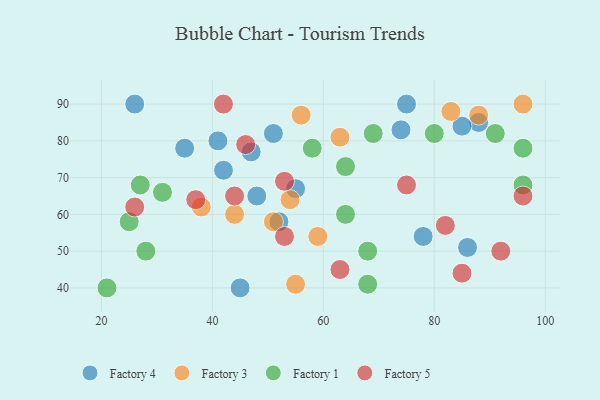
{"axis": {"x": "GDP", "y": "Life Expectancy"}, "legend": ["Factory 1", "Factory 3", "Factory 4", "Factory 5"], "data": [{"x": "86", "y": 51, "type": "Factory 4"}, {"x": "48", "y": 65, "type": "Factory 4"}, {"x": "55", "y": 67, "type": "Factory 4"}, {"x": "45", "y": 40, "type": "Factory 4"}, {"x": "88", "y": 85, "type": "Factory 4"}, {"x": "85", "y": 84, "type": "Factory 4"}, {"x": "74", "y": 83, "type": "Factory 4"}, {"x": "75", "y": 90, "type": "Factory 4"}, {"x": "52", "y": 58, "type": "Factory 4"}, {"x": "47", "y": 77, "type": "Factory 4"}, {"x": "26", "y": 90, "type": "Factory 4"}, {"x": "78", "y": 54, "type": "Factory 4"}, {"x": "51", "y": 82, "type": "Factory 4"}, {"x": "42", "y": 72, "type": "Factory 4"}, {"x": "41", "y": 80, "type": "Factory 4"}, {"x": "35", "y": 78, "type": "Factory 4"}, {"x": "56", "y": 87, "type": "Factory 3"}, {"x": "51", "y": 58, "type": "Factory 3"}, {"x": "54", "y": 64, "type": "Factory 3"}, {"x": "96", "y": 90, "type": "Factory 3"}, {"x": "88", "y": 87, "type": "Factory 3"}, {"x": "44", "y": 60, "type": "Factory 3"}, {"x": "38", "y": 62, "type": "Factory 3"}, {"x": "59", "y": 54, "type": "Factory 3"}, {"x": "63", "y": 81, "type": "Factory 3"}, {"x": "55", "y": 41, "type": "Factory 3"}, {"x": "83", "y": 88, "type": "Factory 3"}, {"x": "91", "y": 82, "type": "Factory 1"}, {"x": "27", "y": 68, "type": "Factory 1"}, {"x": "31", "y": 66, "type": "Factory 1"}, {"x": "96", "y": 78, "type": "Factory 1"}, {"x": "58", "y": 78, "type": "Factory 1"}, {"x": "69", "y": 82, "type": "Factory 1"}, {"x": "80", "y": 82, "type": "Factory 1"}, {"x": "68", "y": 50, "type": "Factory 1"}, {"x": "64", "y": 73, "type": "Factory 1"}, {"x": "25", "y": 58, "type": "Factory 1"}, {"x": "68", "y": 41, "type": "Factory 1"}, {"x": "28", "y": 50, "type": "Factory 1"}, {"x": "64", "y": 60, "type": "Factory 1"}, {"x": "96", "y": 68, "type": "Factory 1"}, {"x": "21", "y": 40, "type": "Factory 1"}, {"x": "46", "y": 79, "type": "Factory 5"}, {"x": "44", "y": 65, "type": "Factory 5"}, {"x": "75", "y": 68, "type": "Factory 5"}, {"x": "37", "y": 64, "type": "Factory 5"}, {"x": "85", "y": 44, "type": "Factory 5"}, {"x": "53", "y": 69, "type": "Factory 5"}, {"x": "63", "y": 45, "type": "Factory 5"}, {"x": "82", "y": 57, "type": "Factory 5"}, {"x": "53", "y": 54, "type": "Factory 5"}, {"x": "92", "y": 50, "type": "Factory 5"}, {"x": "26", "y": 62, "type": "Factory 5"}, {"x": "96", "y": 65, "type": "Factory 5"}, {"x": "42", "y": 90, "type": "Factory 5"}]}